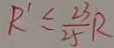
R ^ { \prime } \leq \frac { 2 3 } { 2 5 } R